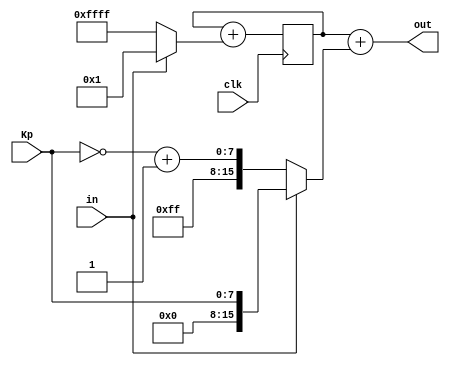
module dlf(clk,in,Kp,out);
   input in,clk;
   input [7:0] Kp;
   output [15:0] out;
   reg [15:0] mem = 16'h4000;
   wire [15:0] inc;
   wire [15:0] mul1;
   //convert (0)-(1) into (-1)-(1)
   assign inc = in ? 16'h0001: 16'hFFFF;
   //increase memory value
   //mem: 0 sign bit, 7 decimal, 9 fractional
   always @(posedge clk) mem = mem + inc;
   //mul1 = Kp * outpfd (1 or -1)
   assign mul1 = in ? {8'h0,Kp} : {8'hFF,~Kp+8'b1} ;
   //output
   assign out = mem+mul1;
endmodule